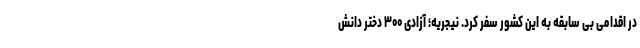
در اقدامی بی سابقه به این کشور سفر کرد. نیجریه؛ آزادی ۳۰۰ دختر دانش